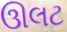
ઊલટ